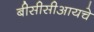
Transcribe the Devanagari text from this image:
बीसीसीआयचे